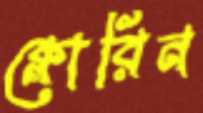
ক্লোরিন